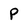
Character: P